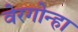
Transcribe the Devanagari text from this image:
वेरगोन्हा